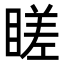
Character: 䁟